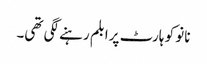
نانو کو ہارٹ پرابلم رہنے لگی تھی۔